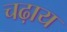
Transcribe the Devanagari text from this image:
चढ़ाय